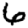
Digit: 6